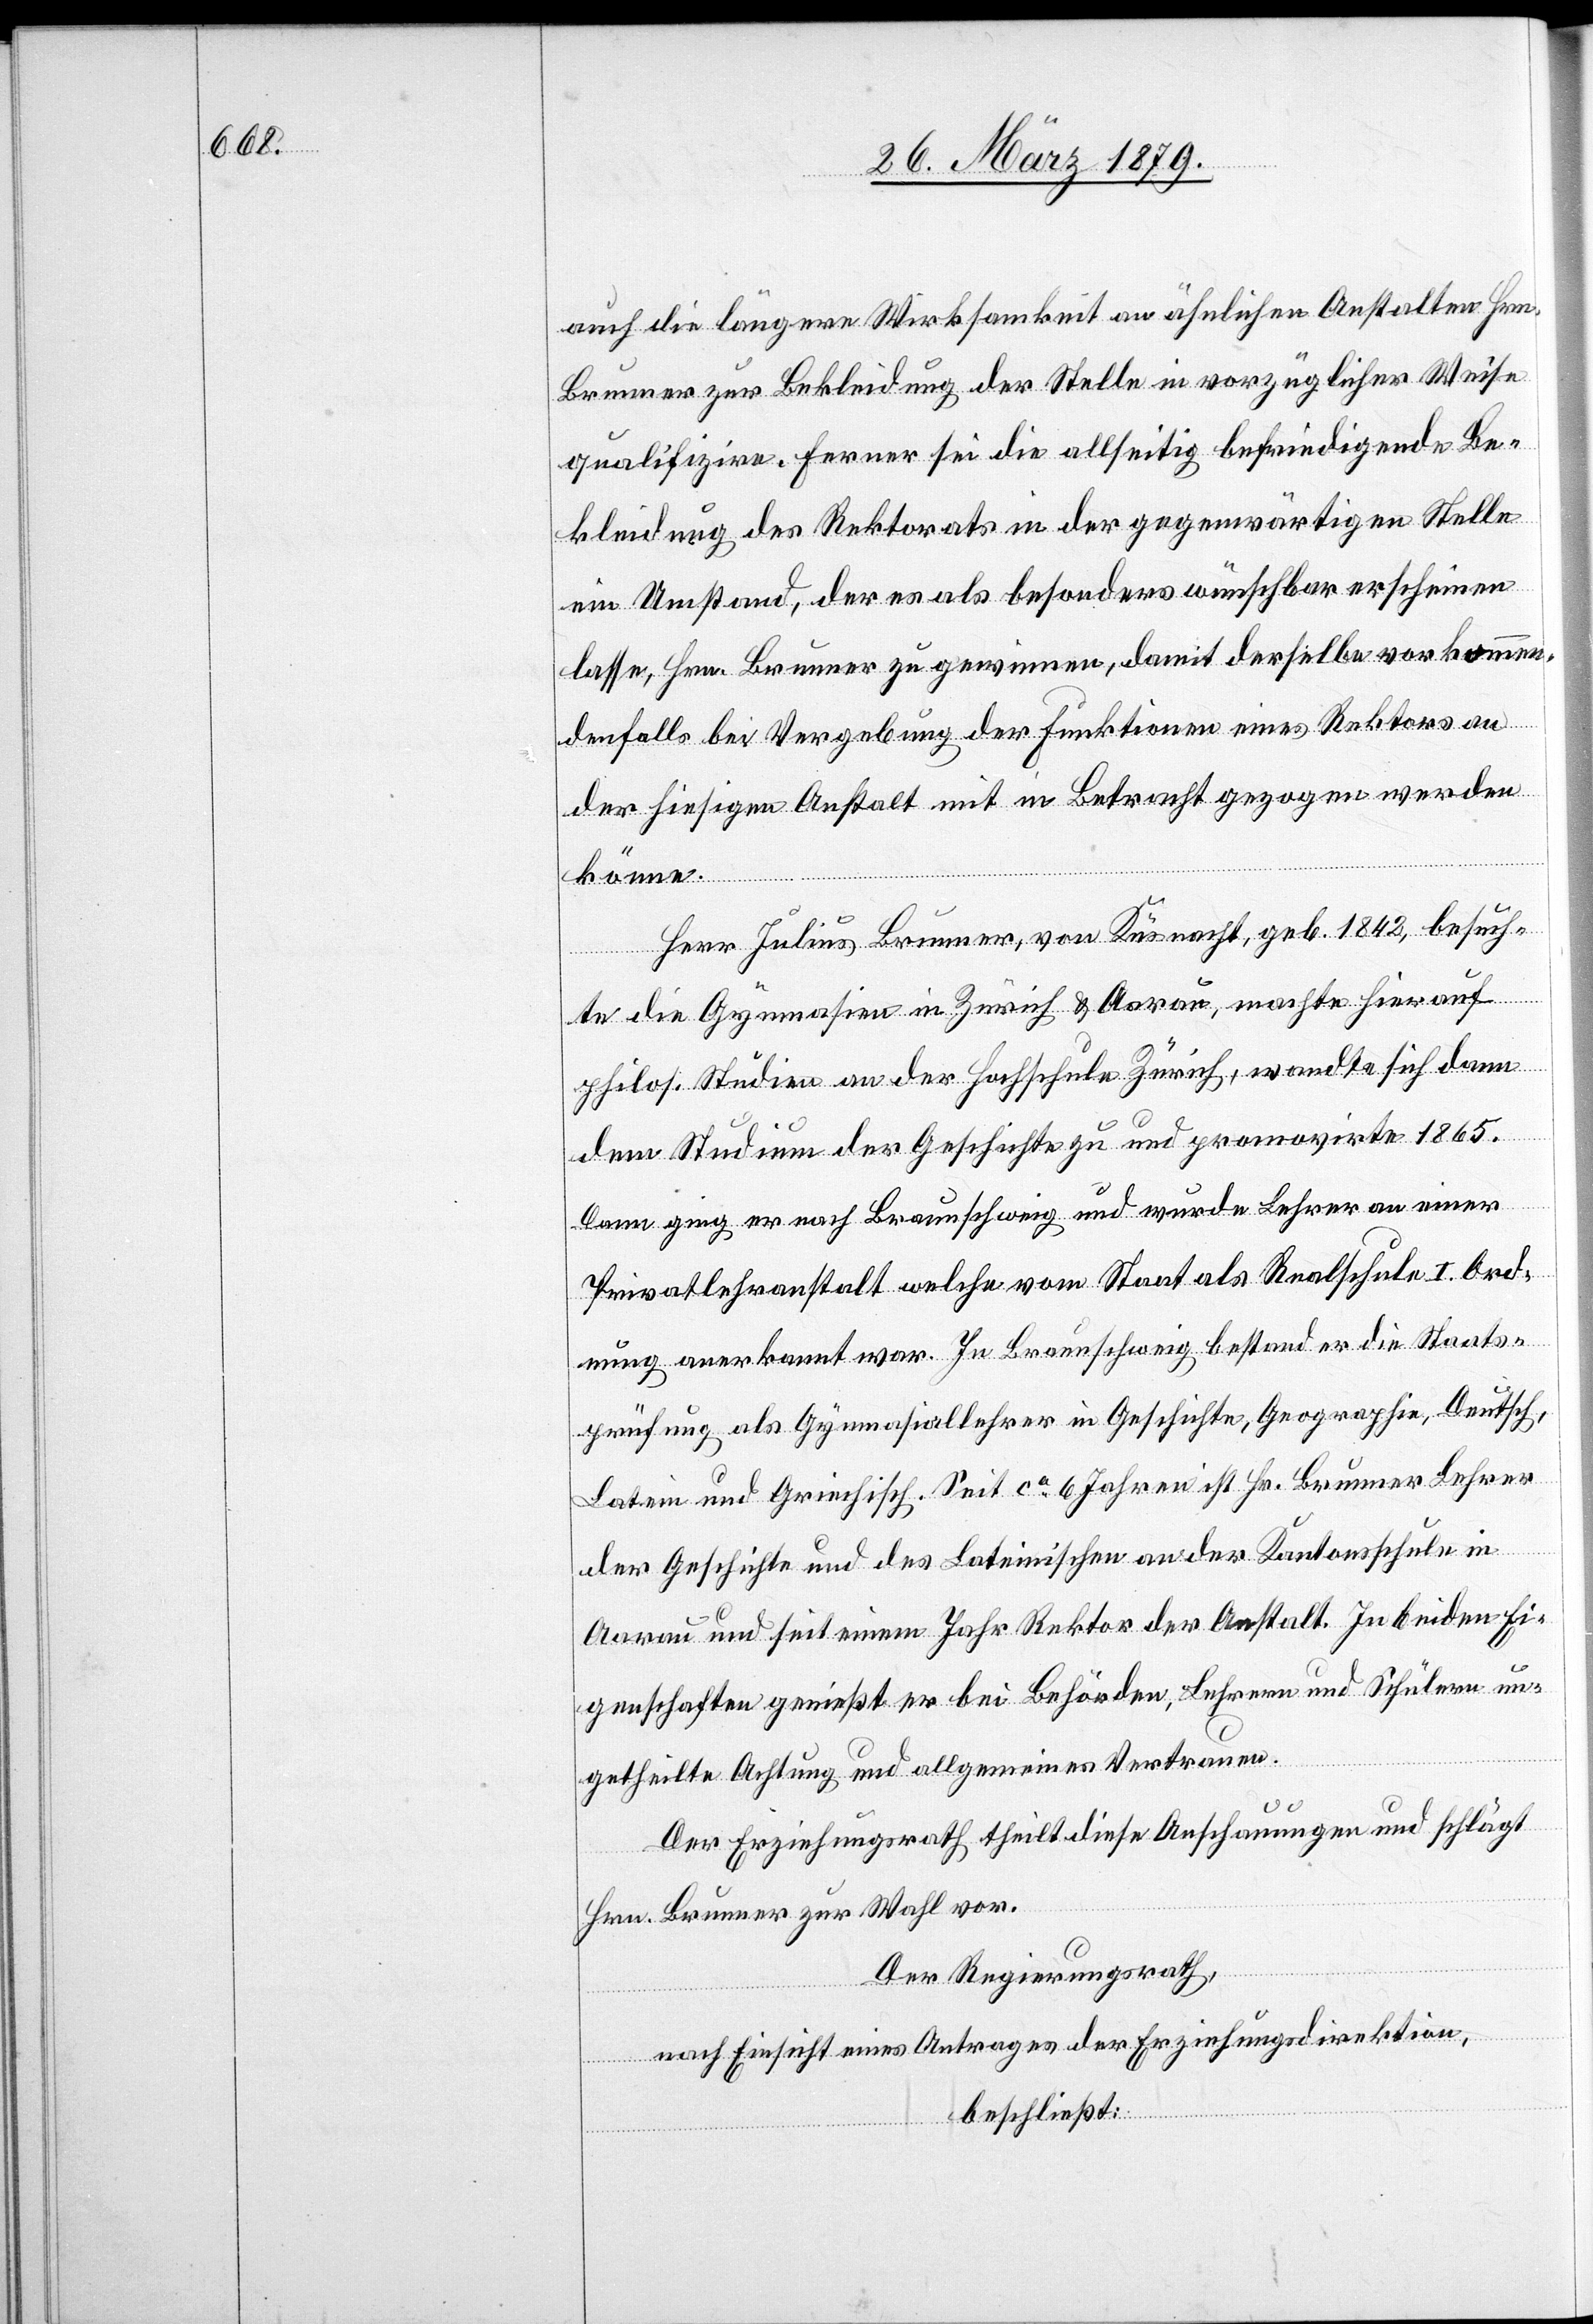
auch die längere Wirksamkeit an ähnlichen Anstalten Hrn.
Brunner zur Bekleidung der Stelle in vorzüglicher Weise
qualifizire. Ferner sei die allseitig befriedigende Be¬
kleidung des Rektorats in der gegenwärtigen Stelle
ein Umstand, der es als besonders wünschbar erscheinen
lasse, Hrn. Brunner zu gewinnen, damit derselbe vorkommen¬
denfalls bei Vergebung der Funktionen eines Rektors an
der hiesigen Anstalt mit in Betracht gezogen werden
könne.
Herr Julius Brunner, von Küsnacht, geb. 1842, besuch¬
te die Gymnasien in Zürich & Aarau, machte hierauf
philos. Studien an der Hochschule Zürich, wandte sich dann
dem Studium der Geschichte zu und promovirte 1865.
Dann ging er nach Braunschweig und wurde Lehrer an einer
Privatlehranstalt welche vom Staat als Realschule I. Ord¬
nung anerkannt war. In Braunschweig bestand er die Staats¬
prüfung als Gymnasiallehrer in Geschichte, Geographie, Deutsch,
Latein und Griechisch. Seit ca 6 Jahren ist Hr. Brunner Lehrer
der Geschichte und des Lateinischen an der Kantonsschule in
Aarau und seit einem Jahr Rektor der Anstalt. In beiden Ei¬
genschaften genießt er bei Behörden, Lehrern und Schülern un¬
getheilte Achtung und allgemeines Vertrauen.
Der Erziehungsrath theilt diese Anschauungen und schlägt
Hrn. Brunner zur Wahl vor.
Der Regierungsrath,
nach Einsicht eines Antrages der Erziehungsdirektion,
beschließt: